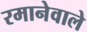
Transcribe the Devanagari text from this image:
रमानेवाले